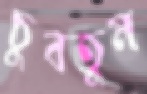
চুবতুম